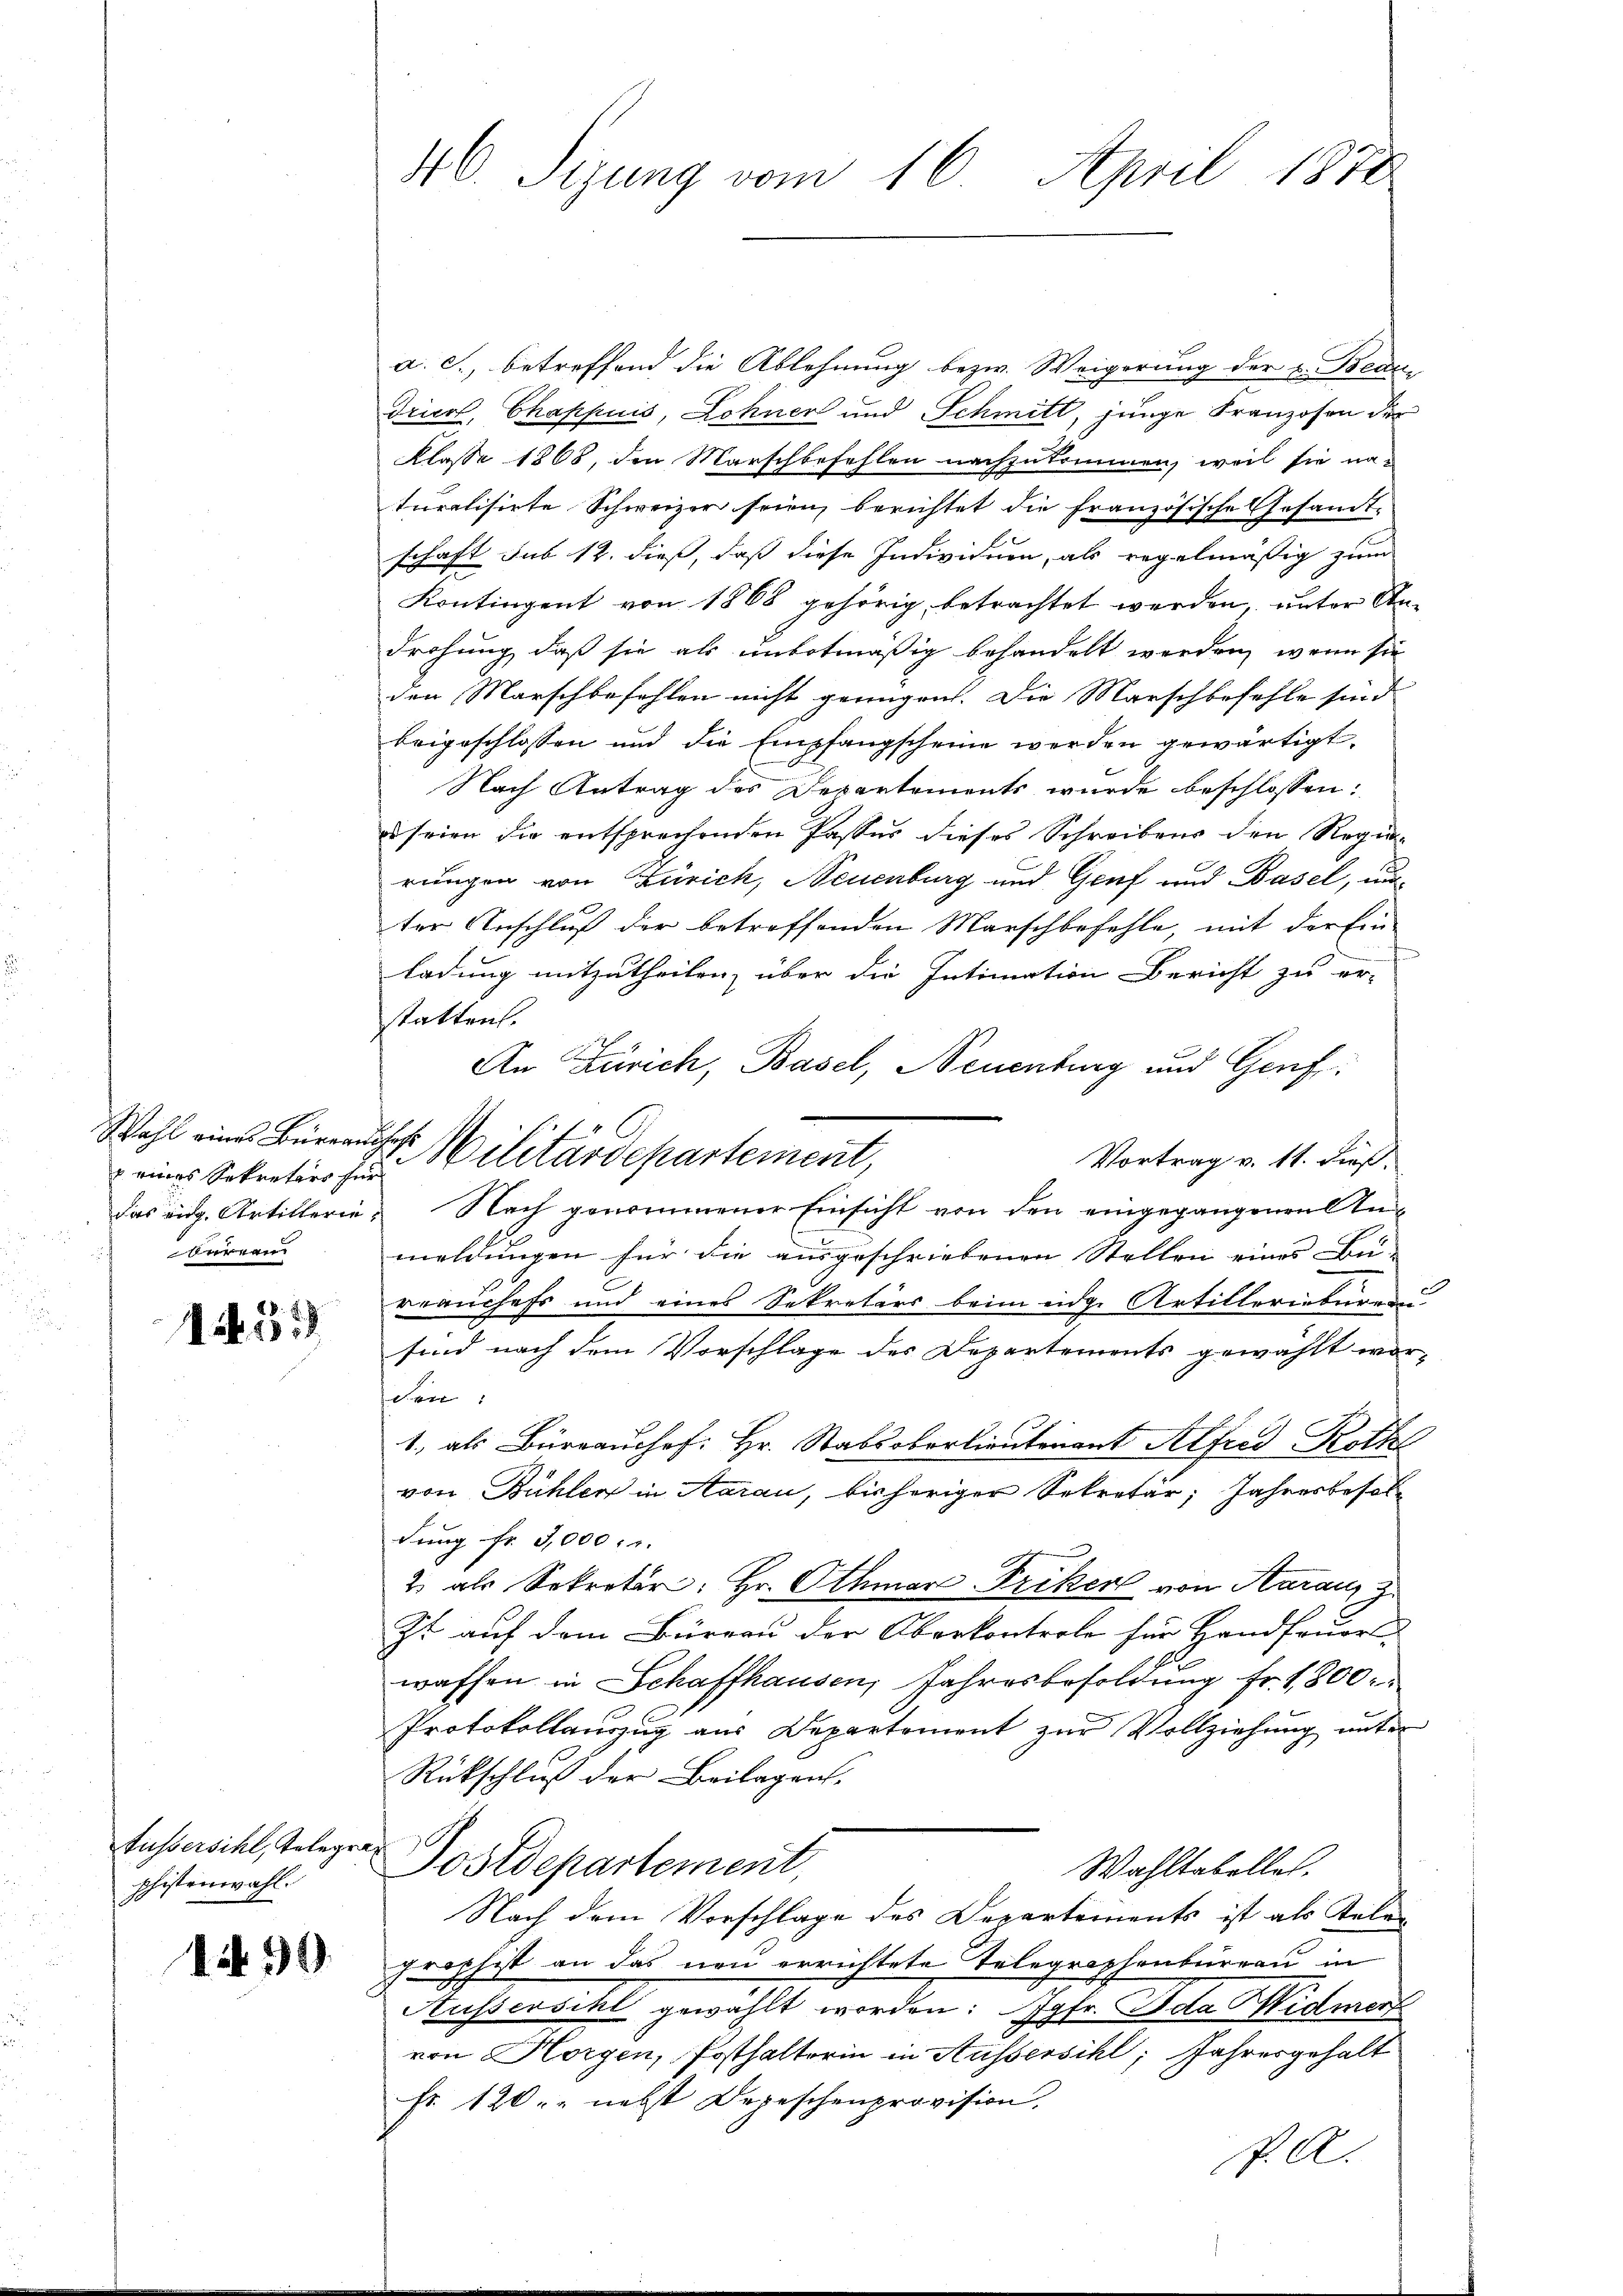
eines Sekretärs für
berren

1453

Fussersihl, Telegra¬
Schistenwahl.

1499.

46. Sizung vom 16. April 1870

a. c., betreffend die Ablehnung bezw. Weigerung der v. Bern
Triert, Chappuis, Lohner und Schmitt, junge Franzosen der
Klasse 1868, den Marschbefehlen nachzukommen, weil sie naturalisirte Schweizer seien, berichtet die französische Gesamt-
schaft sub 12. dieß, daß diese Individuen, als regelmäßig zum
Kontingent von 1868 gehörig, betrachtet werden, unter Androhung, daß sie als unbotmäßig behandelt werden, wenn sie
den Marschbefehlen nicht genügen. Die Marschbefehle sind
beigeschlossen und die Empfangscheine werden gewärtigt.
Nach Antrag des Departements wurde beschlossen:
e seien die entsprechenden Passus dieses Schreibens den Regierungen von Zürich, Neuenburg und Genf und Basel, unter Anschluß der betreffenden Marschbefehle, mit der Ein
ladung mitzutheilen, über die Intimation Bericht zu er-
statten.
An Zürich, Basel, Neuenburg und Genf
Vortrag v. 11. dieß.
das eidg. Artillerie. Nach genommener Einsicht von den eingegangenen Inmeldungen für die ausgeschriebenen Stellen eines Be-
rrauchefs und eines Sekretärs beim eidge Artilleriebureau
sind nach dem Vorschlage des Departements gewählt wor-
den:
1, als Büreauschef. Hr. Stabsoborlieutenant Alfred Roth
von Bühler in Aarau, bisheriger Sekretär, Jahresbesoldung fr. 3,000 : 1.
2 als Sekreter: Hr. Othmar-Priker von Aaraus z.
Zt auf dem Büreau der Oberkontrole für Handfouor
waffen in Schaffhausen, Jahresbesoldung fr. 1800
Protokollauszug aus Departement zur Vollziehung unter
Rückschluß der Beilagen.
Postdepartement,
Wahltabelles.
Nach dem Vorschlage des Departements ist als Telen
frophist an das neu errichtete Telegraphenbüreau in
Aussersihl gewählt worden: Jgfr. Ida Widmer
von Horgen, Posthalterin in Aussersihl, Jahresgehalt
Fr. 120. nebst Depeschenprovision,
P. A.

Wahl eines Büreruchs Militärdepartement,